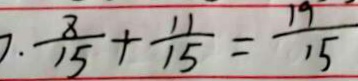
7 . \frac { 8 } { 1 5 } + \frac { 1 1 } { 1 5 } = \frac { 1 9 } { 1 5 }